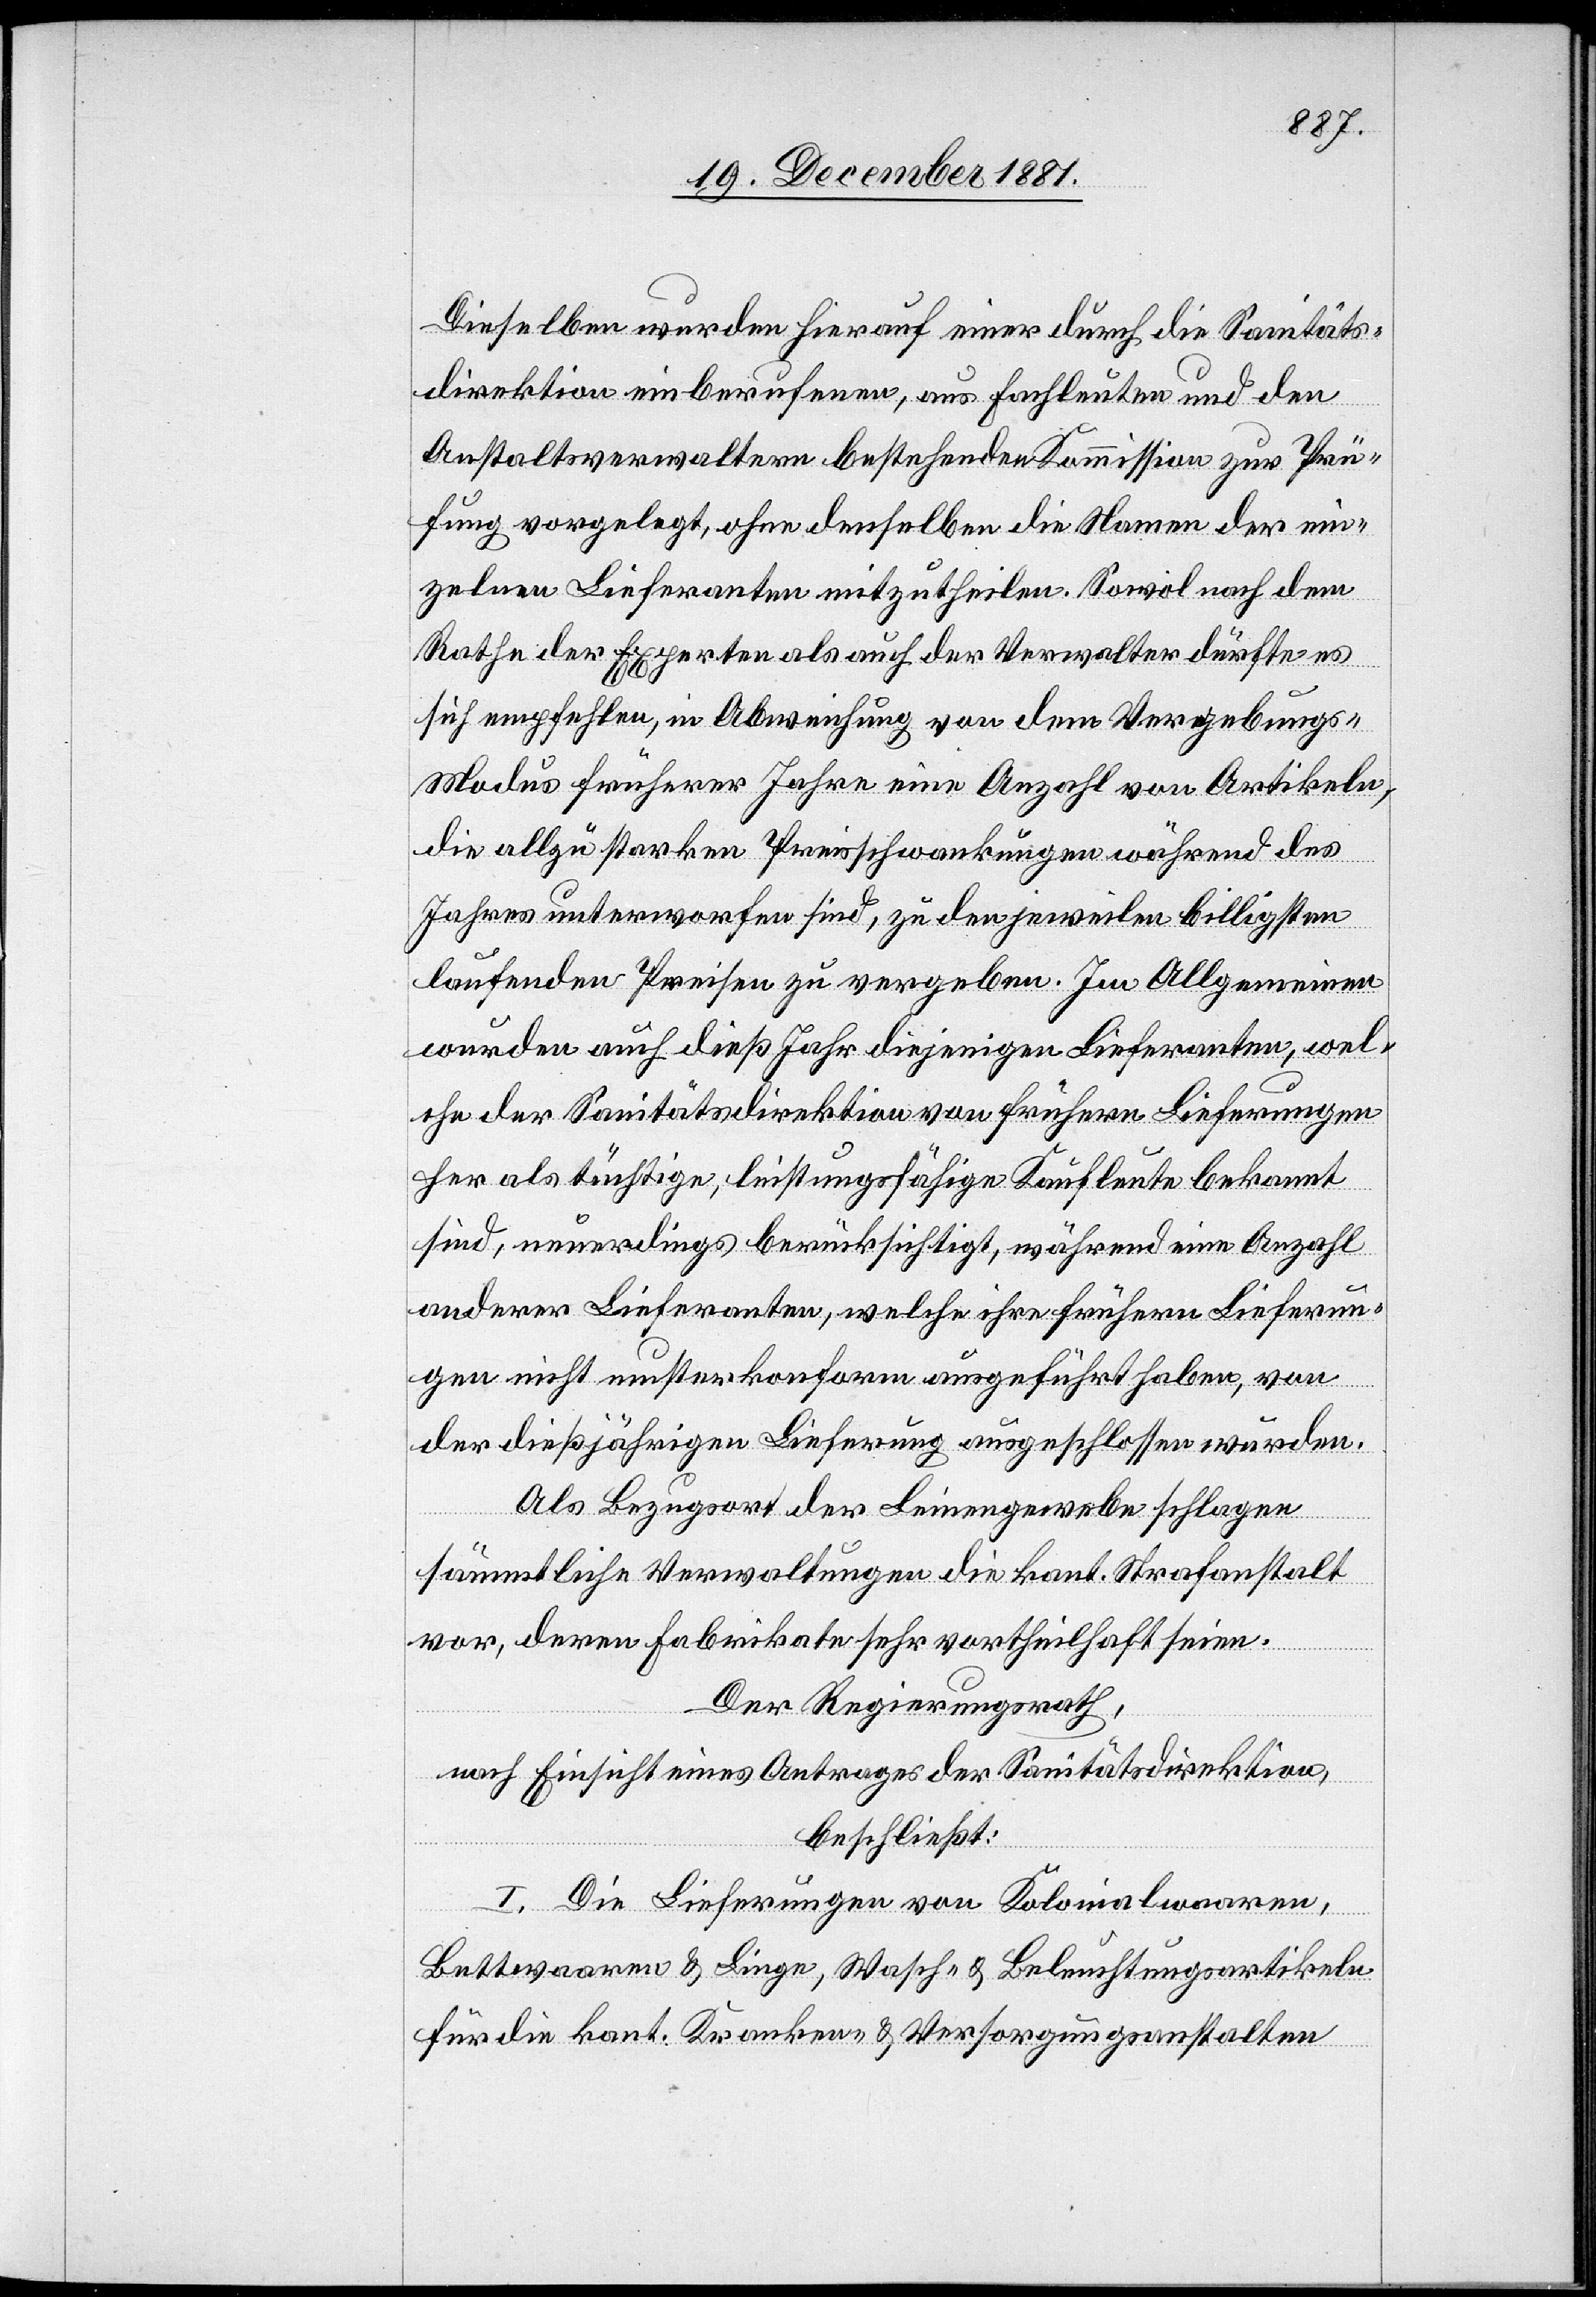
Dieselben wurden hierauf einer durch die Sanitäts¬
direktion einberufenen, aus Fachleuten und den
Anstaltsverwaltern bestehenden Kommission zur Prü¬
fung vorgelegt, ohne denselben die Namen der ein¬
zelnen Lieferanten mitzutheilen. Sowol nach dem
Rathe der Experten als auch der Verwalter dürfte es
sich empfehlen, in Abweichung von dem Vergebungs-M¬
odus früherer Jahre eine Anzahl von Artikeln,
die allzu starken Preisschwankungen während des
Jahres unterworfen sind, zu den jeweilen billigsten
laufenden Preisen zu vergeben. Im Allgemeinen
wurden auch dieß Jahr diejenigen Lieferanten, wel¬
che der Sanitätsdirektion von frühern Lieferungen
als tüchtige, leistungsfähige Kaufleute bekannt
sind, neuerdings berücksichtigt, während eine Anzahl
anderer Lieferanten, welche ihre frühern Lieferun¬
gen nicht musterkonform ausgeführt haben, von
der dießjährigen Lieferung ausgeschlossen wurden.
Als Bezugsort der Leinengewebe schlagen
sämmtliche Verwaltungen die kant. Strafanstalt
vor, deren Fabrikate sehr vortheilhaft seien.
Der Regierungsrath,
nach Einsicht eines Antrages der Sanitätsdirektion,
beschließt:
I. Die Lieferungen von Kolonialwaaren,
Bettwaaren & Liege-, Wasch- & Beleuchtungsartikeln
für die kant. Kranken- & Versorgungsanstalten